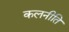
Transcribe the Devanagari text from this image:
कलनीति